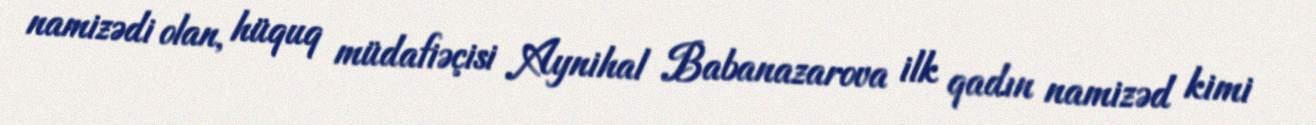
namizədi olan, hüquq müdafiəçisi Aynihal Babanazarova ilk qadın namizəd kimi